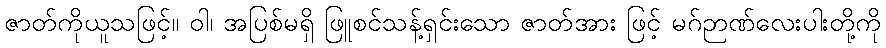
ဇာတ်ကိုယူသဖြင့်။ ဝါ၊ အပြစ်မရှိ ဖြူစင်သန့်ရှင်းသော ဇာတ်အား ဖြင့် မဂ်ဉာဏ်လေးပါးတို့ကို